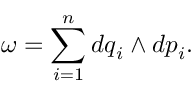
\omega = \sum _ { i = 1 } ^ { n } d q _ { i } \wedge d p _ { i } .